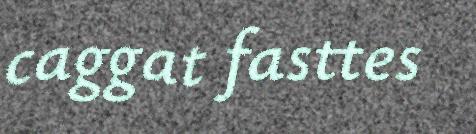
caggat fasttes